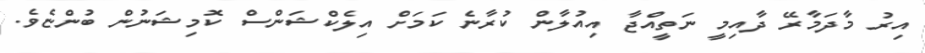
އިރު މާދަމާރޭ ދާއިމީ ނަތީއްޖާ އިއުލާން ކުރާނެ ކަމަށް އިލެކްޝަންސް ކޮމިޝަނުން ބުންޏެވެ.